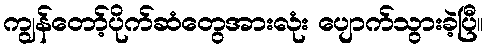
ကျွန်တော့်ပိုက်ဆံတွေအားလုံး ပျောက်သွားခဲ့ပြီ။